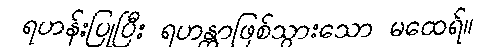
ရဟန်းပြုပြီး ရဟန္တာဖြစ်သွားသော မထေရ်။